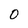
Character: O